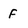
Character: f